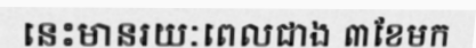
នេះមានរយៈពេលជាង ៣ខែមក